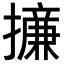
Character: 𢶧